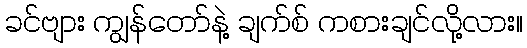
ခင်ဗျား ကျွန်တော်နဲ့ ချက်စ် ကစားချင်လို့လား။